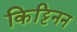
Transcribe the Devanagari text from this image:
किट्टिनन